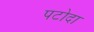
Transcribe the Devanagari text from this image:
पटोदा